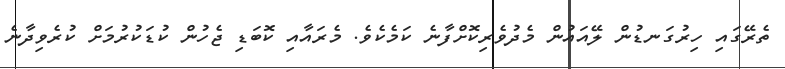
ތެރޭގައި ހިރުގަނޑުން ލޭއައުން މެދުވެރިކޮށްފާނެ ކަމެކެވެ. މެރައާއި ކޮބަޑި ޖެހުން ކުޑަކުރުމަށް ކުރެވިދާނެ